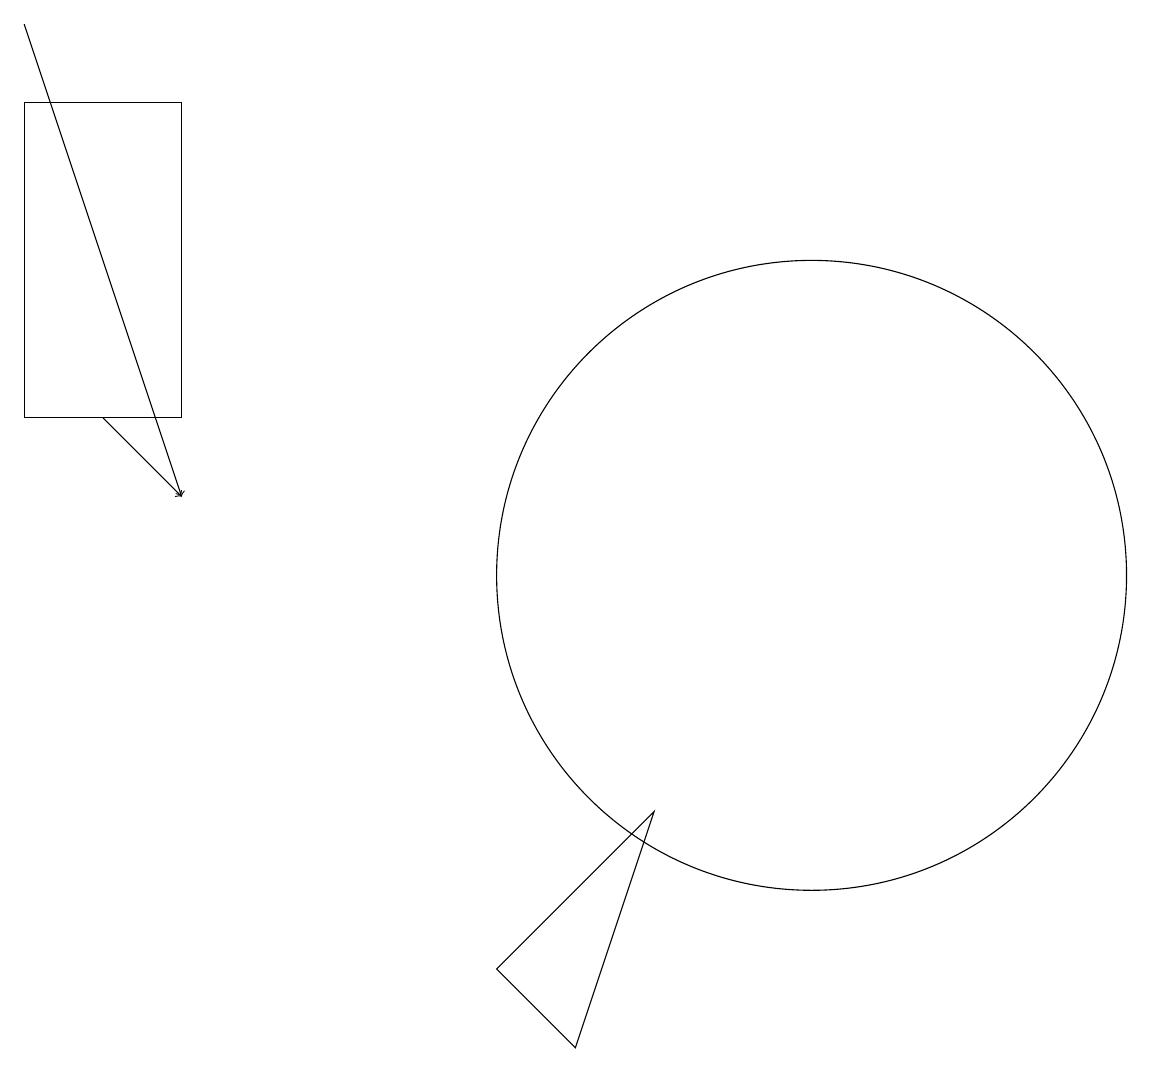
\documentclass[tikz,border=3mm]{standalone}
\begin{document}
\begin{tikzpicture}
\draw (10,10) circle (4);
\draw[->] (1,12) -- (2,11);
\draw[->] (0,17) -- (2,11);
\draw (7,4) -- (8,7) -- (6,5) -- cycle;
\draw (2,12) rectangle (0,16);
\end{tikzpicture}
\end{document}